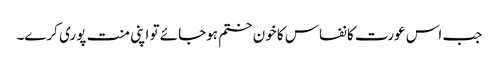
جب اس عورت کا نفاس کا خون ختم ہوجائے تو اپنی منت پوری کرے۔